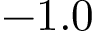
- 1 . 0